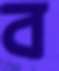
ব